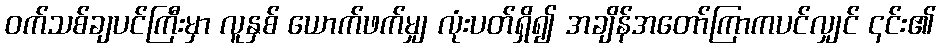
ဝက်သစ်ချပင်ကြီးမှာ လူနှစ် ယောက်ဖက်မျှ လုံးပတ်ရှိ၍ အချိန်အတော်ကြာကပင်လျှင် ၎င်း၏